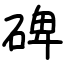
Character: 碑